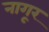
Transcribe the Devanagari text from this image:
नागूर